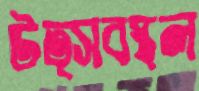
উত্সবস্থল